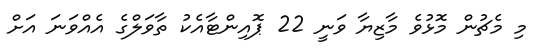
މި މެޗުން މޮޅުވެ މާޒިޔާ ވަނީ 22 ޕޮއިންޓާއެކު ތާވަލްގެ އެއްވަނަ އަށް